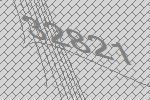
32821